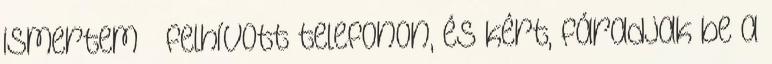
ismer­tem – felhívott telefonon, és kért, fáradjak be a